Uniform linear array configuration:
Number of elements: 32
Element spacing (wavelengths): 0.75
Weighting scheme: blackman
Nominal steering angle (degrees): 15
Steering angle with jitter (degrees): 13.23
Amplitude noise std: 0.05
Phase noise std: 0.05

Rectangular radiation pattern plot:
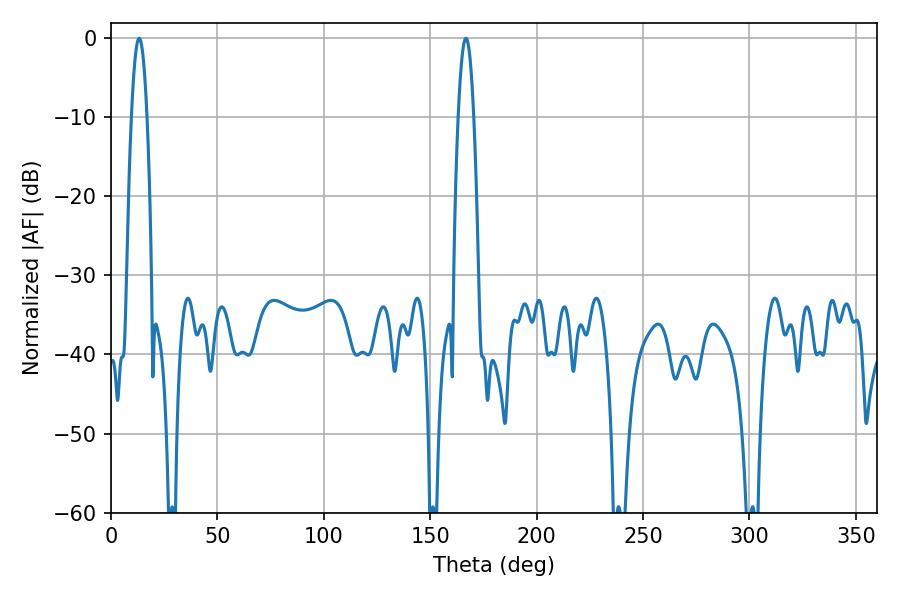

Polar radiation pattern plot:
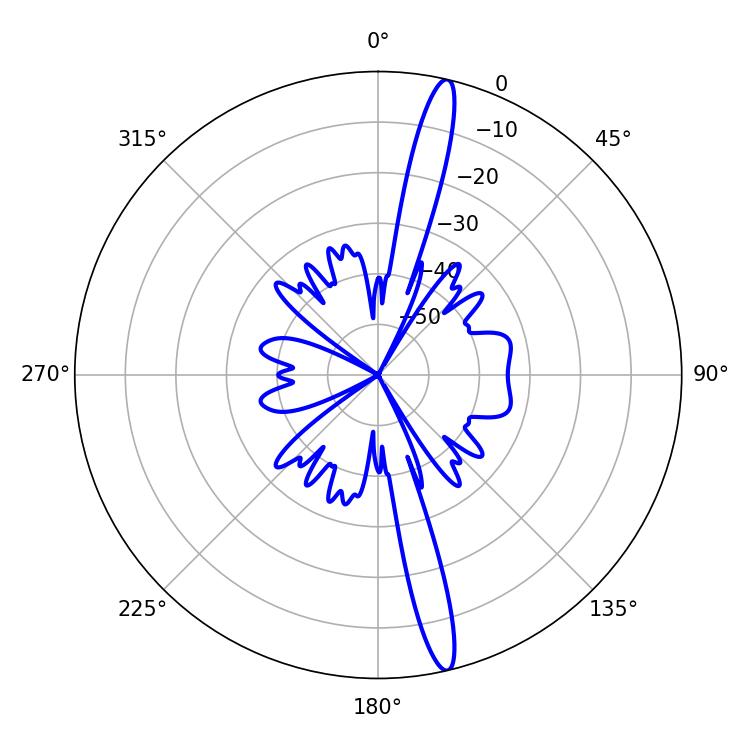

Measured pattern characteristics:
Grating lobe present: TRUE
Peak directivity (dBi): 17.571
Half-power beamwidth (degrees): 4.14
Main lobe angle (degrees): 13.14